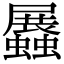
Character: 𧔡